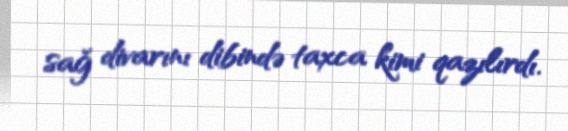
sağ divarını dibində taxca kimi qazılırdı.